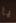
يا